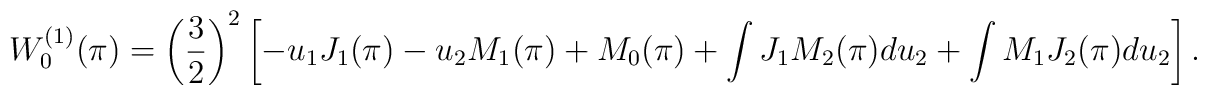
W_0^{(1)}(\pi)=\left(\frac{3}{2}\right)^2\left[-u_1J_1(\pi)-u_2M_1(\pi)+M_0(\pi)+\int J_1 M_2(\pi)du_2+\int M_1J_2(\pi) du_2\right].